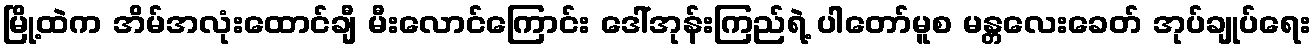
မြို့ထဲက အိမ်အလုံးထောင်ချီ မီးလောင်ကြောင်း ဒေါ်အုန်းကြည်ရဲ့ ပါတော်မူစ မန္တလေးခေတ် အုပ်ချုပ်ရေး